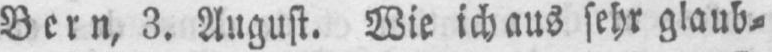
Bern, 3. August. Wie ich aus sehr glaub⸗